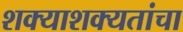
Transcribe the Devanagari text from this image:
शक्याशक्यतांचा